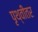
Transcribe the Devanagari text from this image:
पृथ्वीतर